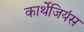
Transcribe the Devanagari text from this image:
कार्थेजियंस